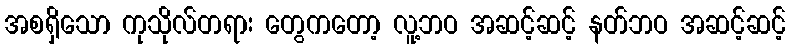
အစရှိသော ကုသိုလ်တရား တွေကတော့ လူ့ဘဝ အဆင့်ဆင့် နတ်ဘဝ အဆင့်ဆင့်